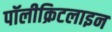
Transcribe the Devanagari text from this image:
पॉलीक्रिटलाइन